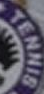
TENNIS